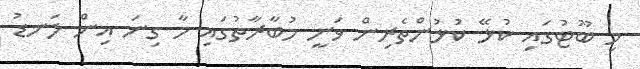
މި ބޫޓުގައި ކުޅޭ ކުޅުންތެރިން ވަނީ މުބާރާތުގައި މާ ގިނަ އިން ލަނޑު